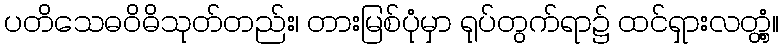
ပတိသေဓဝိဓိသုတ်တည်း၊ တားမြစ်ပုံမှာ ရုပ်တွက်ရာ၌ ထင်ရှားလတ္တံ့။